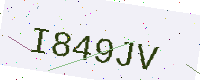
Text: I849JV